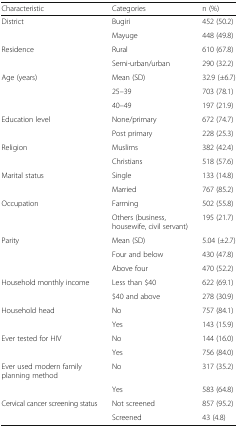
<table><thead><tr><td><b>Characteristic</b></td><td><b>Categories</b></td><td><b>n (%)</b></td></tr></thead><tbody><tr><td>District</td><td>Bugiri</td><td>452 (50.2)</td></tr><tr><td>[EMPTY_CELL]</td><td>Mayuge</td><td>448 (49.8)</td></tr><tr><td>Residence</td><td>Rural</td><td>610 (67.8)</td></tr><tr><td>[EMPTY_CELL]</td><td>Semi-urban/urban</td><td>290 (32.2)</td></tr><tr><td>Age (years)</td><td>Mean (SD)</td><td>32.9 (±6.7)</td></tr><tr><td>[EMPTY_CELL]</td><td>25–39</td><td>703 (78.1)</td></tr><tr><td>[EMPTY_CELL]</td><td>40–49</td><td>197 (21.9)</td></tr><tr><td>Education level</td><td>None/primary</td><td>672 (74.7)</td></tr><tr><td>[EMPTY_CELL]</td><td>Post primary</td><td>228 (25.3)</td></tr><tr><td>Religion</td><td>Muslims</td><td>382 (42.4)</td></tr><tr><td>[EMPTY_CELL]</td><td>Christians</td><td>518 (57.6)</td></tr><tr><td>Marital status</td><td>Single</td><td>133 (14.8)</td></tr><tr><td>[EMPTY_CELL]</td><td>Married</td><td>767 (85.2)</td></tr><tr><td>Occupation</td><td>Farming</td><td>502 (55.8)</td></tr><tr><td>[EMPTY_CELL]</td><td>Others (business, housewife, civil servant)</td><td>195 (21.7)</td></tr><tr><td>Parity</td><td>Mean (SD)</td><td>5.04 (±2.7)</td></tr><tr><td>[EMPTY_CELL]</td><td>Four and below</td><td>430 (47.8)</td></tr><tr><td>[EMPTY_CELL]</td><td>Above four</td><td>470 (52.2)</td></tr><tr><td>Household monthly income</td><td>Less than $40</td><td>622 (69.1)</td></tr><tr><td>[EMPTY_CELL]</td><td>$40 and above</td><td>278 (30.9)</td></tr><tr><td>Household head</td><td>No</td><td>757 (84.1)</td></tr><tr><td>[EMPTY_CELL]</td><td>Yes</td><td>143 (15.9)</td></tr><tr><td>Ever tested for HIV</td><td>No</td><td>144 (16.0)</td></tr><tr><td>[EMPTY_CELL]</td><td>Yes</td><td>756 (84.0)</td></tr><tr><td>Ever used modern family planning method</td><td>No</td><td>317 (35.2)</td></tr><tr><td>[EMPTY_CELL]</td><td>Yes</td><td>583 (64.8)</td></tr><tr><td>Cervical cancer screening status</td><td>Not screened</td><td>857 (95.2)</td></tr><tr><td>[EMPTY_CELL]</td><td>Screened</td><td>43 (4.8)</td></tr></tbody></table>